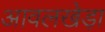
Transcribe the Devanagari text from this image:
आवलखेड़ा